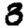
Digit: 3